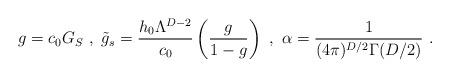
LaTeX: \begin{align*}g = c_0G_S\ ,\ \tilde{g}_s = \frac{h_0\Lambda^{D-2}}{c_0}\left(\frac{g}{1-g}\right)\ ,\ \alpha=\frac{1}{(4\pi)^{D/2}\Gamma(D/2)}\ .\end{align*}